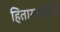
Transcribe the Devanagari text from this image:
हितासाठीची